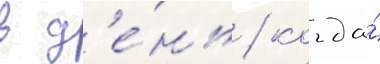
в д'е́нь / когда́